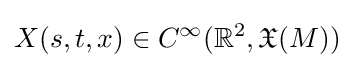
X(s,t,x)\in C^{\infty }(\mathbb {R} ^{2},{\mathfrak {X}}(M))